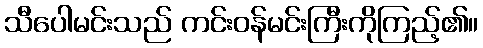
သီပေါမင်းသည် ကင်းဝန်မင်းကြီးကိုကြည့်၏။